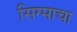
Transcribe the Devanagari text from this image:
सिग्माचा